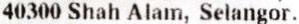
40300 SHAH ALAM, SELANGOR.